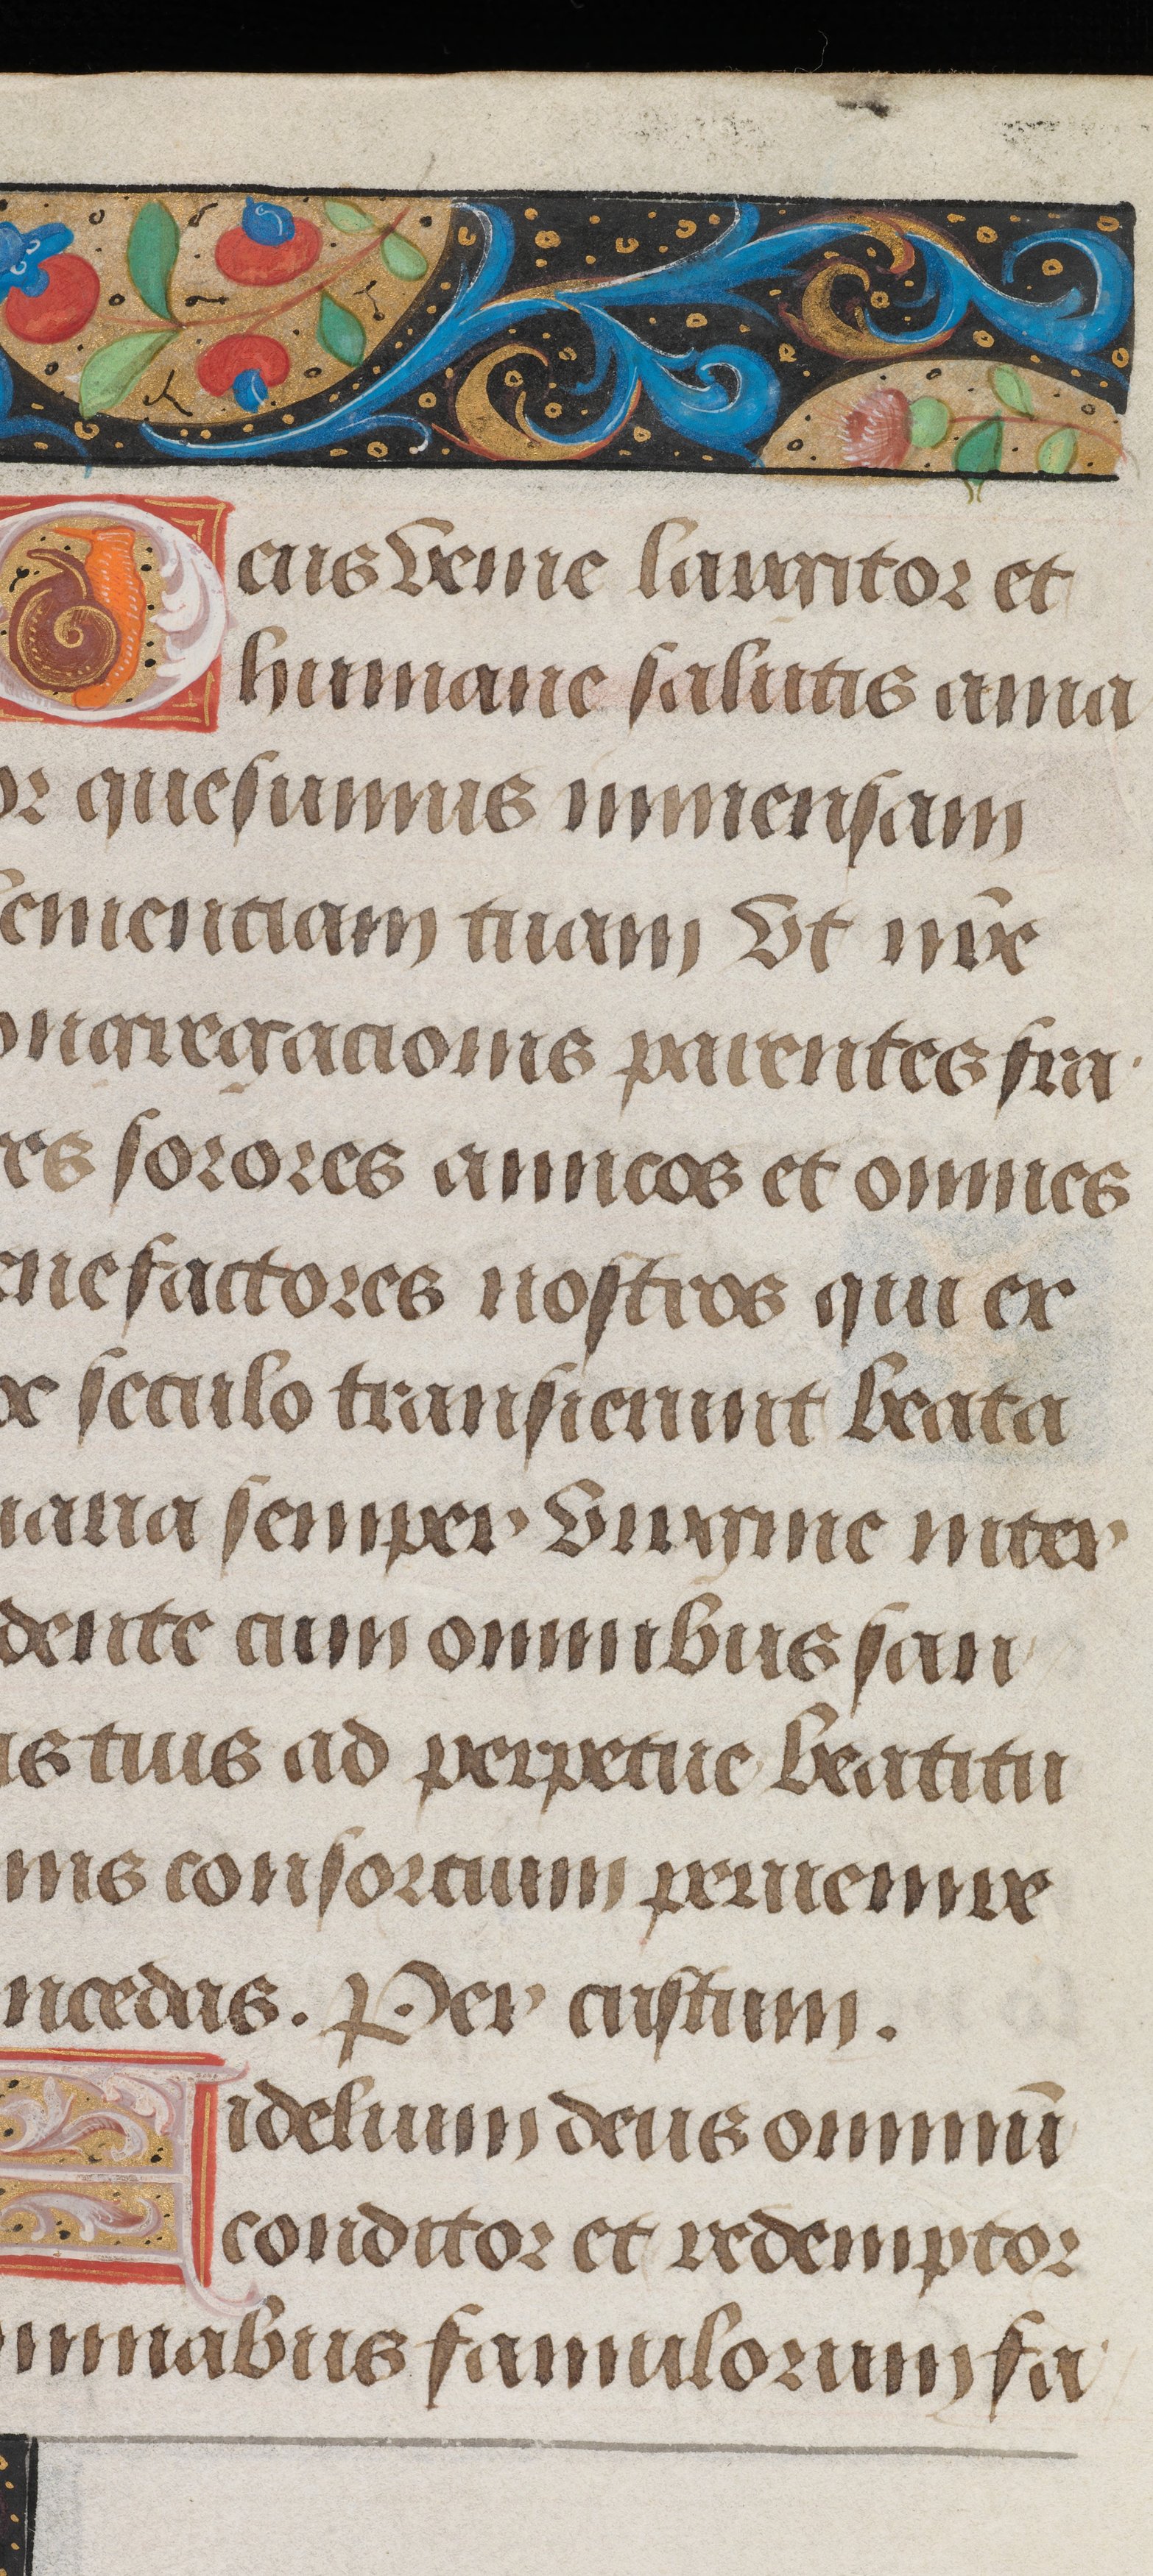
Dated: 1495–1498